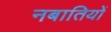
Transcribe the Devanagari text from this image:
नबातियों